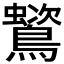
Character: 𪅵